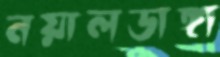
নয়ালডাঙ্গা